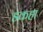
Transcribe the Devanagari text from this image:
डकहा